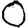
Digit: 0